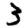
Digit: 3